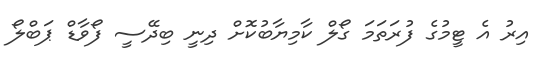
އިރު އެ ޓީމުގެ ފުރަތަމަ ގޯލް ކާމިޔާބުކޮށް ދިނީ ބިދޭސީ ފޯވާޑް ޕަބްލޯ